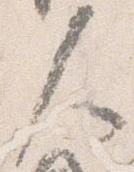
人